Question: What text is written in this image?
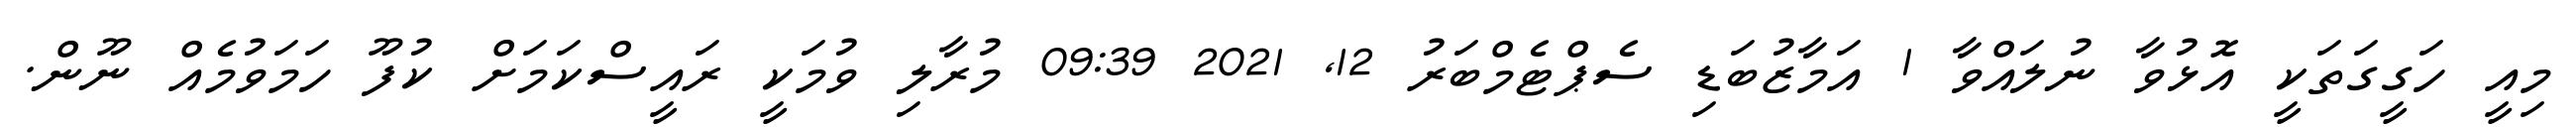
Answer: މިއީ ހަގީގަތަކީ އޮޅުވާ ނުލައްވާ 1 އަމާޒުބަޑި ސެޕްޓެމްބަރު 12, 2021 09:39 މުރާލި ވުމަކީ ރައީސްކަމަށް ކުފޫ ހަމަވުމެއް ނޫން.